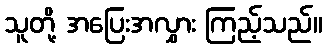
သူတို့ အပြေးအလွှား ကြည့်သည်။